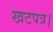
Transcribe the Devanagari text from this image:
खटपत्र।